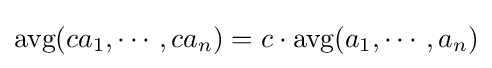
{\text{avg}}(ca_{1},\cdots ,ca_{n})=c\cdot {\text{avg}}(a_{1},\cdots ,a_{n})